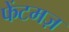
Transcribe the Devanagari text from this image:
फेंटमज़